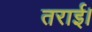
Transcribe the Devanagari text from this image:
तराई।